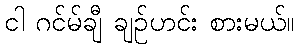
ငါ ဂင်မ်ချီ ချဉ်ဟင်း စားမယ်။